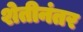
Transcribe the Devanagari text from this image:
शेतीनंतर